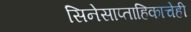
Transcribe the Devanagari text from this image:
सिनेसाप्ताहिकाचेही